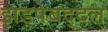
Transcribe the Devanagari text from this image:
झडपेबद्दल